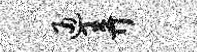
通弄